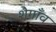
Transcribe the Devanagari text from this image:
शेगाँव